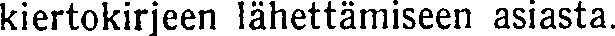
kiertokirjeen lähettämiseen asiasta.